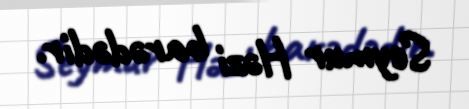
Seymur Həzi barədədir.